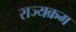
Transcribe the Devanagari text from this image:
राज्यक्रम